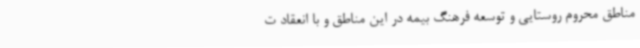
مناطق محروم روستایی و توسعه فرهنگ بیمه در این مناطق و با انعقاد ت